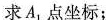
求A_{1}点坐标；